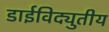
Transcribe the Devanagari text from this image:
डाईविद्युतीय